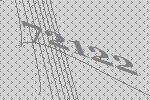
72122